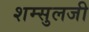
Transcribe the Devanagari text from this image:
शम्सुलजी